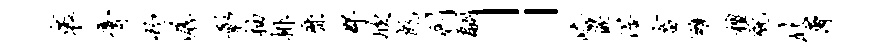
褒膏灼潺彰柚排靡郡欣彪剩翩」峪嵌渥畜雍檀貌北斋